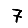
Digit: 7